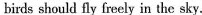
birds should fly freely in the sky.